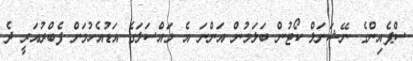
ސްޕެއިންގެ ނޭޝަނަލް ކޯޓުން ބަލަމުން އަންނަ އެ މައްސަލަގެ އަޑުއެހުމަށް ފެބްރުއަރީ ދެ